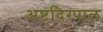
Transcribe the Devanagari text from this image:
अष्टदिग्पाल